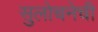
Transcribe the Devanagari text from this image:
सुलोचनेची